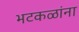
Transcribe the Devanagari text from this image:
भटकळांना